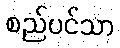
စည်ပင်သာ